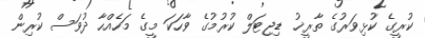
ކުރީގެ ކުޅިވަރުގެ ތާރީޚު ޑިޖިޓަލް ކުރުމުގެ ވާހަކަ މީގެ މަހެއްހާ ދުވަސް ކުރިން